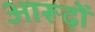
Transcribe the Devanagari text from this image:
आरूढ़ों